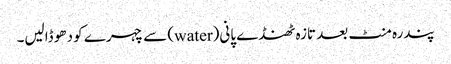
پندرہ منٹ بعد تازہ ٹھنڈے پانی(water) سے چہرے کو دھو ڈالیں۔